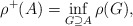
\begin{align*}\rho^{+}(A) = \inf_{G \supseteq A} \rho(G),\end{align*}